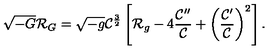
\sqrt { - G } { \cal R } _ { G } = \sqrt { - g } { \cal C } ^ { \frac { 3 } { 2 } } \left[ { \cal R } _ { g } - 4 { \frac { { \cal C } ^ { \prime \prime } } { \cal C } } + \left( { \frac { { \cal C } ^ { \prime } } { \cal C } } \right) ^ { 2 } \right] .